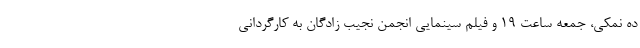
ده نمکی، جمعه ساعت ۱۹ و فیلم سینمایی انجمن نجیب زادگان به کارگردانی